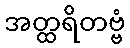
အတ္ထရိတဗ္ဗံ